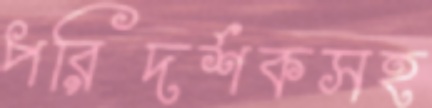
পরিদর্শকসহ